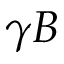
\gamma B